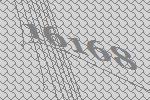
16168